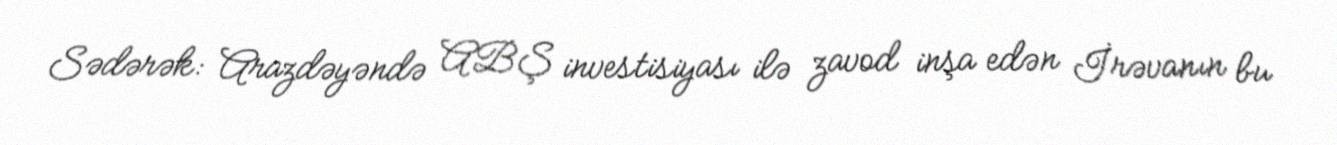
Sədərək: Arazdəyəndə ABŞ investisiyası ilə zavod inşa edən İrəvanın bu